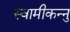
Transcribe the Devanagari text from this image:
स्वामीकन्नु